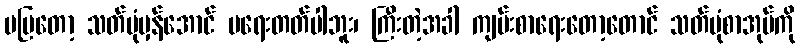
မပြတော့ သတ်ပုံမှန်အောင် မရေးတတ်ပါဘူး၊ ကြီးတဲ့အခါ ကျမ်းစာရေးတော့တောင် သတ်ပုံစာအုပ်ကို